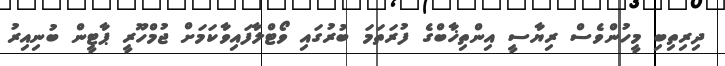
ދިރިތިބި މީހުންވެސް ރިޔާސީ އިންތިޚާބްގެ ފުރަތަމަ ބުރުގައި ވޯޓްލާފައިވާކަމަށް ޖުމްހޫރީ ޕާޓީން ބުނިއިރު